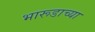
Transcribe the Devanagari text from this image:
भारूडाच्या